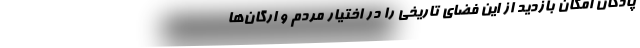
پادگان امکان بازدید از این فضای تاریخی را در اختیار مردم و ارگان‌ها